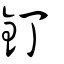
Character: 釘